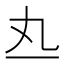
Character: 𰀅